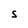
Character: S